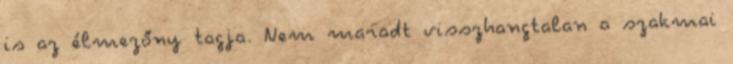
is az élmezőny tagja. Nem maradt visszhangtalan a szakmai